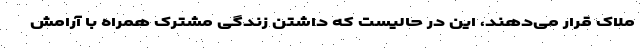
ملاک قرار می‌دهند، این در حالیست که داشتن زندگی مشترک همراه با آرامش